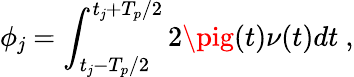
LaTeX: \phi_{\mathit{j}}=\int_{t_{\mathit{j}}-T_{p}/2}^{t_{\mathit{j}}+T_{p}/2}2\pig(t)\nu(t)dt\ ,